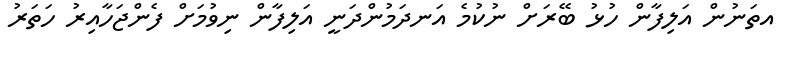
އތަނުން އަލިފާން ހުޅު ބޭރަށް ނުކުމެ އަނދަމުންދަނީ އަލިފާން ނިވުމަށް ފެންޖަހާއިރު ހަތަރު